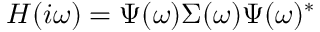
\b { H } ( i \omega ) = \b { \Psi } ( \omega ) \b { \Sigma } ( \omega ) \b { \Psi } ( \omega ) ^ { * }